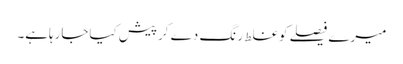
میرے فیصلے کوغلط رنگ دے کرپیش کیاجارہاہے۔